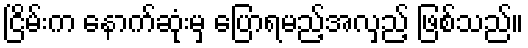
ငြိမ်းက နောက်ဆုံးမှ ပြောရမည့်အလှည့် ဖြစ်သည်။